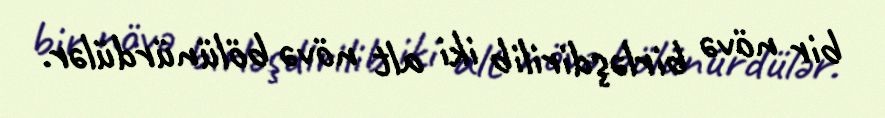
bir növə birləşdirilib iki alt növə bölünürdülər.